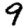
Digit: 9